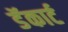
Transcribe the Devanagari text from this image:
डॅकार्ट